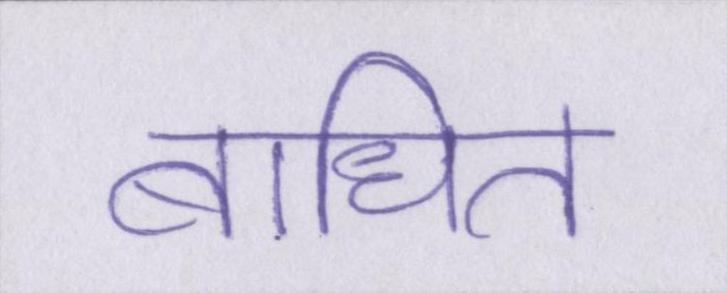
बाधित